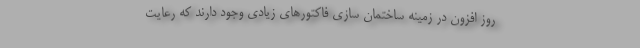
روز افزون در زمینه ساختمان سازی فاکتورهای زیادی وجود دارند که رعایت